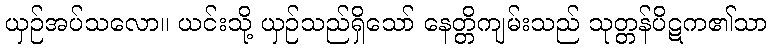
ယှဉ်အပ်သလော။ ယင်းသို့ ယှဉ်သည်ရှိသော် နေတ္တိကျမ်းသည် သုတ္တန်ပိဋက၏သာ